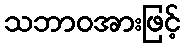
သဘာဝအားဖြင့်